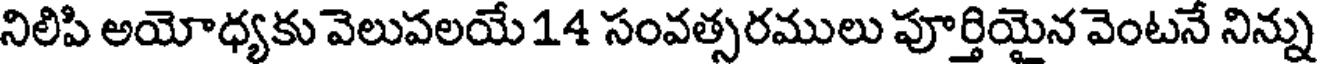
నిలిపి అయోధ్యకు వెలుపలయే 14 సంవత్సరములు పూర్తియైన వెంటనే నిన్ను